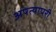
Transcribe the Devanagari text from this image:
अपत्यापरी